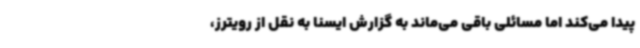
پیدا می‌کند اما مسائلی باقی می‌ماند به گزارش ایسنا به نقل از رویترز،